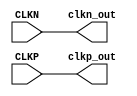
`timescale 1ns / 1ns
module SI571 (
	input CLKN,
	input CLKP,
	output clkp_out,
	output clkn_out
);
// pin  CLKN is      MGTREFCLK1N_116 bank 116 bus_bmb7_U5[0]         F5
// pin  CLKP is      MGTREFCLK1P_116 bank 116 bus_bmb7_U5[1]         F6
assign clkp_out=CLKP;
assign clkn_out=CLKN;
endmodule